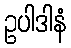
ဥပါဒါနံ